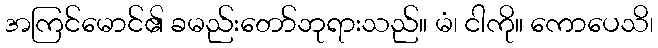
အကြင်မောင်၏ ခမည်းတော်ဘုရားသည်။ မံ၊ ငါကို။ ကောပေသိ၊